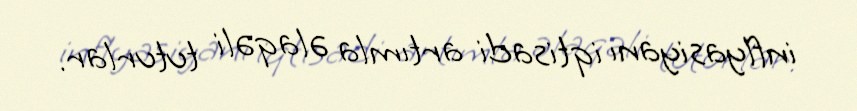
inflyasiyanı iqtisadi artımla əlaqəli tuturlar.